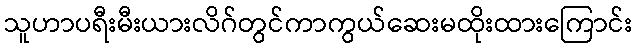
သူဟာပရီးမီးယားလိဂ်တွင်ကာကွယ်ဆေးမထိုးထားကြောင်း